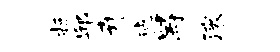
抵邱卉毡舄滚